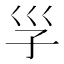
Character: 㜽